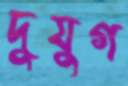
দুযুগ